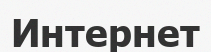
Интернет